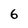
Character: 6